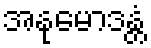
အနုမောဒန္တံ